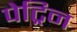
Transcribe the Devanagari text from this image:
पेट्रिन